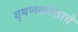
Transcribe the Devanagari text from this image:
वृषणकोशाचे